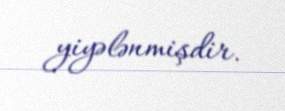
yiyələnmişdir.